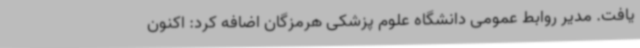
یافت. مدیر روابط عمومی دانشگاه علوم پزشکی هرمزگان اضافه کرد: اکنون